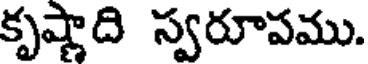
కృష్ణాది స్వరూపము.